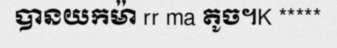
បានយកម៉ា rr ma តូច។K *****